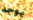
يوجد